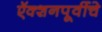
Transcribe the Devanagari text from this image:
ऍक्शनपूर्वीचे